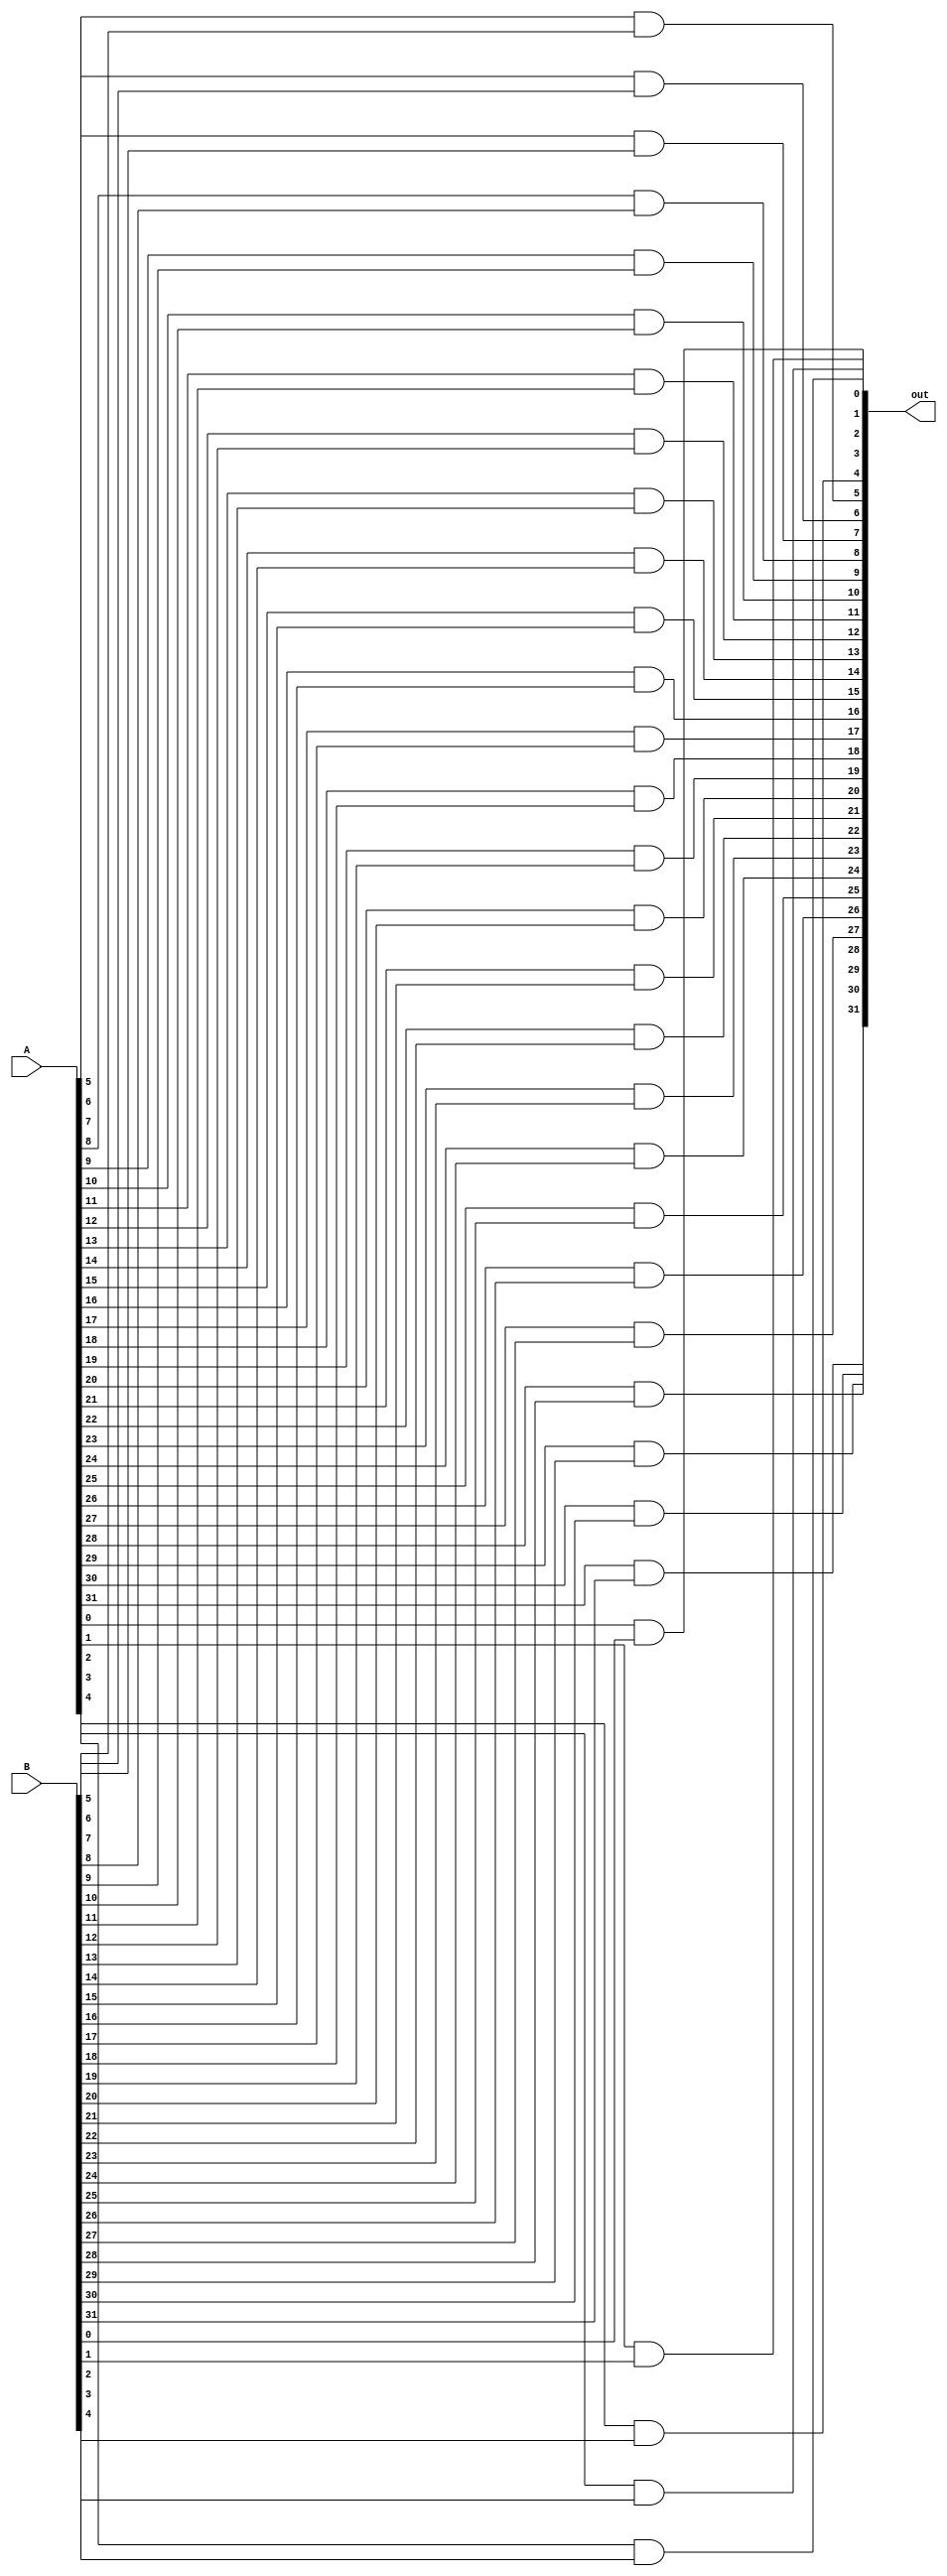
module and_op(
    input[31:0] A, B,
    output[31:0] out
    );
    and a0(out[0], A[0], B[0]);
    and a1(out[1], A[1], B[1]);
    and a2(out[2], A[2], B[2]);
    and a3(out[3], A[3], B[3]);
    and a4(out[4], A[4], B[4]);
    and a5(out[5], A[5], B[5]);
    and a6(out[6], A[6], B[6]);
    and a7(out[7], A[7], B[7]);
    and a8(out[8], A[8], B[8]);
    and a9(out[9], A[9], B[9]);
    and a10(out[10], A[10], B[10]);
    and a11(out[11], A[11], B[11]);
    and a12(out[12], A[12], B[12]);
    and a13(out[13], A[13], B[13]);
    and a14(out[14], A[14], B[14]);
    and a15(out[15], A[15], B[15]);
    and a16(out[16], A[16], B[16]);
    and a17(out[17], A[17], B[17]);
    and a18(out[18], A[18], B[18]);
    and a19(out[19], A[19], B[19]);
    and a20(out[20], A[20], B[20]);
    and a21(out[21], A[21], B[21]);
    and a22(out[22], A[22], B[22]);
    and a23(out[23], A[23], B[23]);
    and a24(out[24], A[24], B[24]);
    and a25(out[25], A[25], B[25]);
    and a26(out[26], A[26], B[26]);
    and a27(out[27], A[27], B[27]);
    and a28(out[28], A[28], B[28]);
    and a29(out[29], A[29], B[29]);
    and a30(out[30], A[30], B[30]);
    and a31(out[31], A[31], B[31]);
endmodule